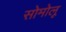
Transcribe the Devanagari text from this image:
सोमोलू